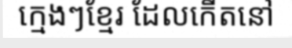
ក្មេងៗខ្មែរ ដែលកើតនៅ